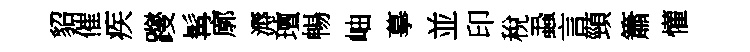
貂催疾躞髯廓溽璮暢岫摹並印稅蝨言頸簫懽